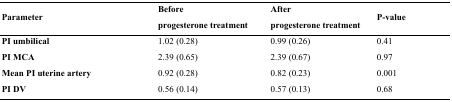
<table><thead><tr><td><b>Parameter</b></td><td><b>Before progesterone treatment</b></td><td><b>After progesterone treatment</b></td><td><b>P-value</b></td></tr></thead><tbody><tr><td><b>PI umbilical</b></td><td>1.02 (0.28)</td><td>0.99 (0.26)</td><td>0.41</td></tr><tr><td><b>PI MCA</b></td><td>2.39 (0.65)</td><td>2.39 (0.67)</td><td>0.97</td></tr><tr><td><b>Mean PI uterine artery</b></td><td>0.92 (0.28)</td><td>0.82 (0.23)</td><td>0.001</td></tr><tr><td><b>PI DV</b></td><td>0.56 (0.14)</td><td>0.57 (0.13)</td><td>0.68</td></tr></tbody></table>